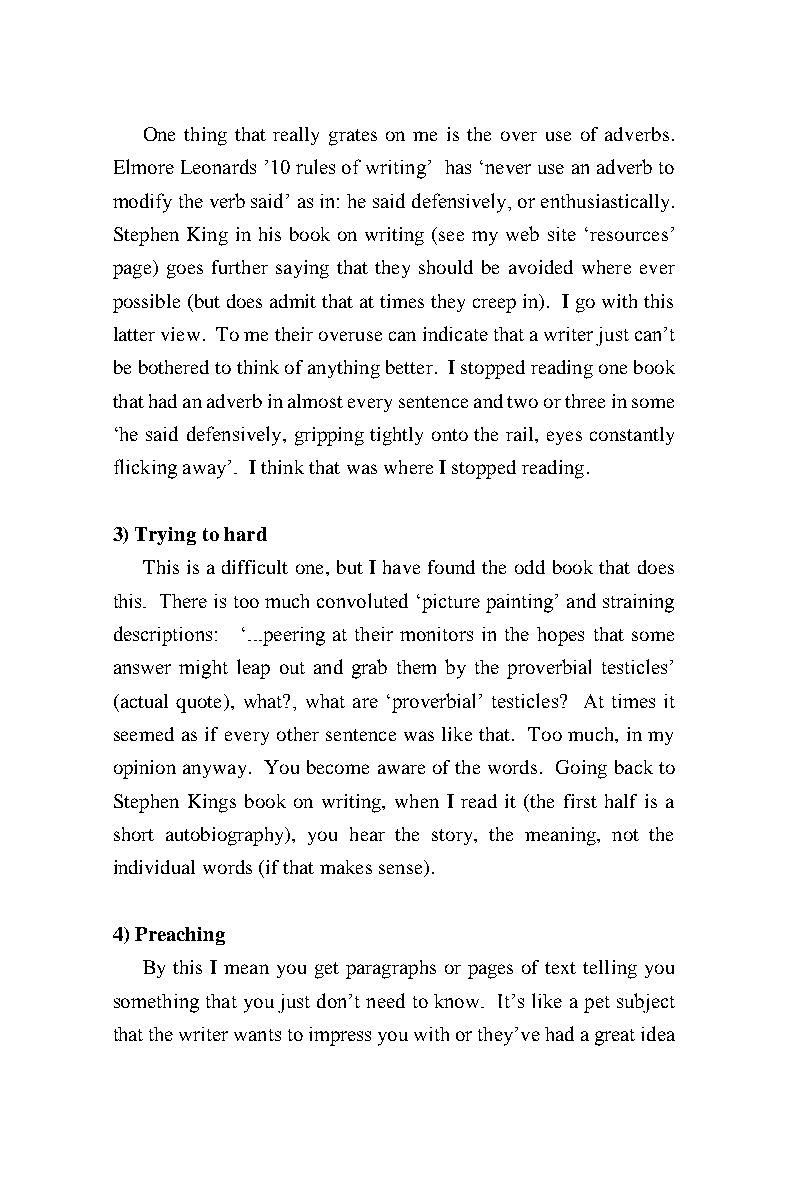
One thing that really grates on me is the over use of adverbs.
 Elmore Leonards ’10 rules of writing’ has ‘never use an adverb to
 modify the verb said’ as in: he said defensively, or enthusiastically.
 Stephen King in his book on writing (see my web site ‘resources’
 page) goes further saying that they should be avoided where ever
 possible (but does admit that at times they creep in). I go with this
 latter view. To me their overuse can indicate that a writer just can’t
 be bothered to think of anything better. I stopped reading one book
 that had an adverb in almost every sentence and two or three in some
 ‘he said defensively, gripping tightly onto the rail, eyes constantly
 flicking away’. I think that was where I stopped reading.
 3) Trying to hard
 This is a difficult one, but I have found the odd book that does
 this. There is too much convoluted ‘picture painting’ and straining
 descriptions: ‘...peering at their monitors in the hopes that some
 answer might leap out and grab them by the proverbial testicles’
 (actual quote), what?, what are ‘proverbial’ testicles? At times it
 seemed as if every other sentence was like that. Too much, in my
 opinion anyway. You become aware of the words. Going back to
 Stephen Kings book on writing, when I read it (the first half is a
 short autobiography), you hear the story, the meaning, not the
 individual words (if that makes sense).
 4) Preaching
 By this I mean you get paragraphs or pages of text telling you
 something that you just don’t need to know. It’s like a pet subject
 that the writer wants to impress you with or they’ve had a great idea